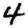
Digit: 4